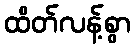
ထိတ်လန့်စွာ